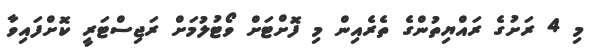
މި 4 ރަށުގެ ރައްޔިތުންގެ ތެރެއިން މި ފޮށްޓަށް ވޯޓުލުމަށް ރަޖިސްޓަރީ ކޮށްފައިވާ